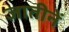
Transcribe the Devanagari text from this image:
जातीनें